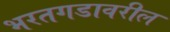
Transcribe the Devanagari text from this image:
भरतगडावरील